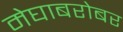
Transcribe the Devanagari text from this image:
मेघाबरोबर